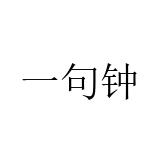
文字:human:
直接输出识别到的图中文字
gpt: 一句钟